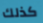
كذلك